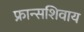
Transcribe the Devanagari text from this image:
फ्रान्सशिवाय